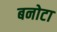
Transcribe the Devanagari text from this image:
बनोटा